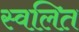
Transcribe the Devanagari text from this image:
स्वलित